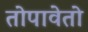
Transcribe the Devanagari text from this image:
तोपावेतो